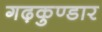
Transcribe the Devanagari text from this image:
गढ़कुण्डार